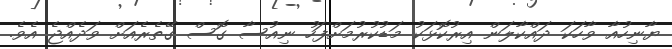
ޔާނިހުއާ ވާހަކަ ދައްކާލަން އިރުކޮޅަކު މަޑުކުރުމަށްފަހު ނިއުސާ ގޮސް ގޭތެރެއަށް ވަދެއްޖެ އެވެ.